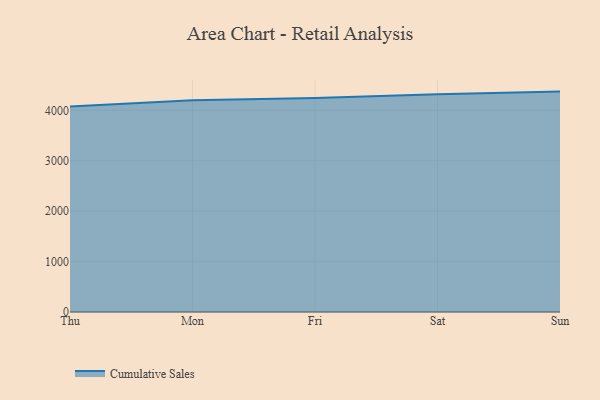
{"axis": {"x": "Day", "y": "Latency (ms)"}, "legend": ["Cumulative Sales"], "data": [{"x": "Thu", "y": 4074.2, "type": "Cumulative Sales"}, {"x": "Mon", "y": 4197.9, "type": "Cumulative Sales"}, {"x": "Fri", "y": 4242.7, "type": "Cumulative Sales"}, {"x": "Sat", "y": 4316.1, "type": "Cumulative Sales"}, {"x": "Sun", "y": 4371.1, "type": "Cumulative Sales"}]}